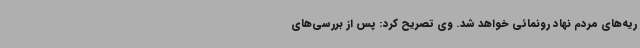
ریه‌های مردم نهاد رونمائی خواهد شد. وی تصریح کرد: پس از بررسی‌های